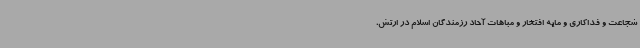
شجاعت و فداکاری و مایه افتخار و مباهات آحاد رزمندگان اسلام در ارتش،